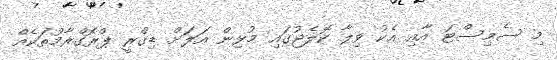
މި ސެމިސްޓަ އާއި އެކު ވިލާ ކޮލެޖުގައި މުޅިން އަލަަށް ޑިގްރީ ޕްރޮގްރާމުތަކެއް